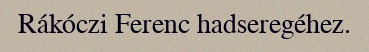
Rákóczi Ferenc hadseregéhez.